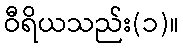
ဝီရိယသည်း(၁)။